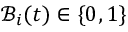
\mathcal { B } _ { i } ( t ) \in \{ 0 , 1 \}